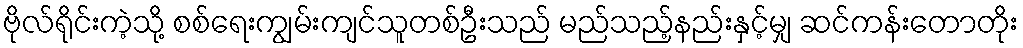
ဗိုလ်ရိုင်းကဲ့သို့ စစ်ရေးကျွမ်းကျင်သူတစ်ဦးသည် မည်သည့်နည်းနှင့်မျှ ဆင်ကန်းတောတိုး